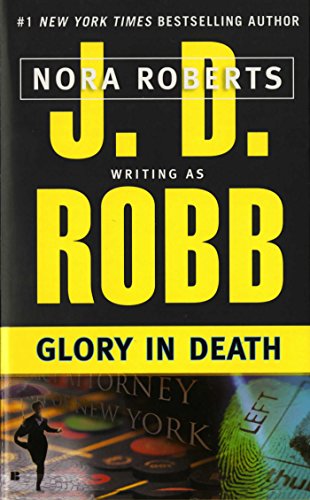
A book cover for Glory in Death; J. D. Robb; Romance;